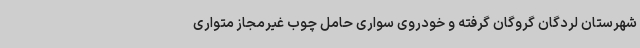
شهرستان لردگان گروگان گرفته و خودروی سواری حامل چوب غیرمجاز متواری